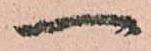
一